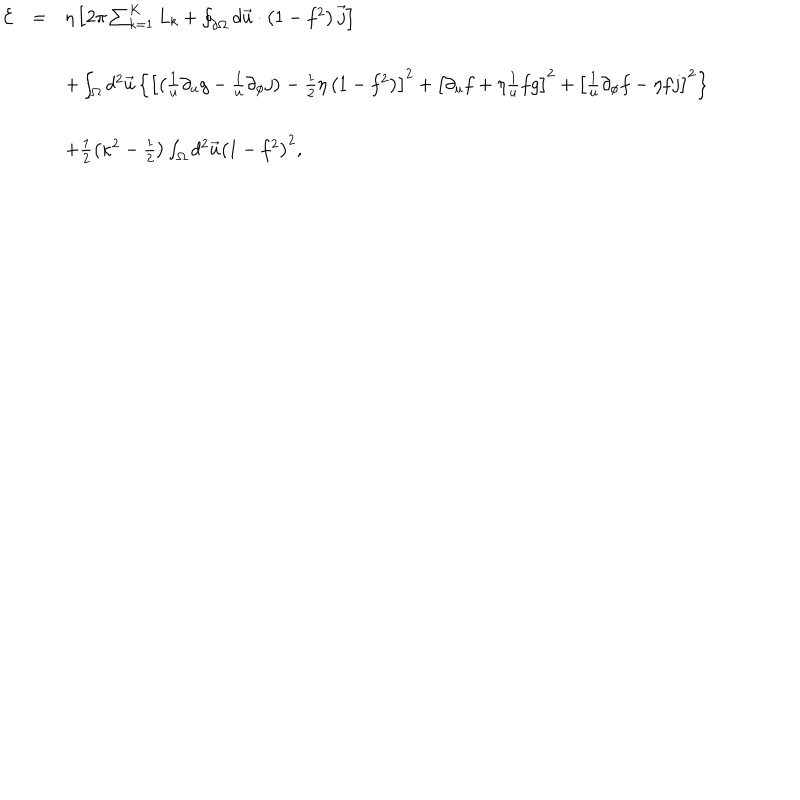
\begin{array} { r c l } { { { \cal E } } } & { { = } } & { { \eta \left[ 2 \pi \sum _ { k = 1 } ^ { K } L _ { k } + \oint _ { \partial \Omega } d \vec { u } \cdot \left( 1 - f ^ { 2 } \right) \vec { j } \right] } } \\ { { } } & { { } } & { { } } \\ { { } } & { { } } & { { + \int _ { \Omega } d ^ { 2 } \vec { u } \left\{ \left[ \left( \frac { 1 } { u } \partial _ { u } g - \frac { 1 } { u } \partial _ { \phi } j \right) - \frac { 1 } { 2 } \eta \left( 1 - f ^ { 2 } \right) \right] ^ { 2 } + \left[ \partial _ { u } f + \eta \frac { 1 } { u } f g \right] ^ { 2 } + \left[ \frac { 1 } { u } \partial _ { \phi } f - \eta f j \right] ^ { 2 } \right\} } } \\ { { } } & { { } } & { { } } \\ { { } } & { { } } & { { + \frac { 1 } { 2 } \left( \kappa ^ { 2 } - \frac { 1 } { 2 } \right) \int _ { \Omega } d ^ { 2 } \vec { u } \left( 1 - f ^ { 2 } \right) ^ { 2 } , } } \\ \end{array}